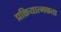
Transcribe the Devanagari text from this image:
प्रक्रियात्मकता